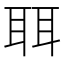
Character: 聑